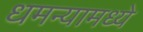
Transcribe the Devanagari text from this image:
धमन्यामध्ये